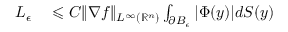
\begin{array} { r l } { L _ { \epsilon } } & { { } \leqslant C \| \nabla f \| _ { L ^ { \infty } ( \mathbb { R } ^ { n } ) } \int _ { \partial B _ { \epsilon } } | \Phi ( y ) | d S ( y ) } \end{array}